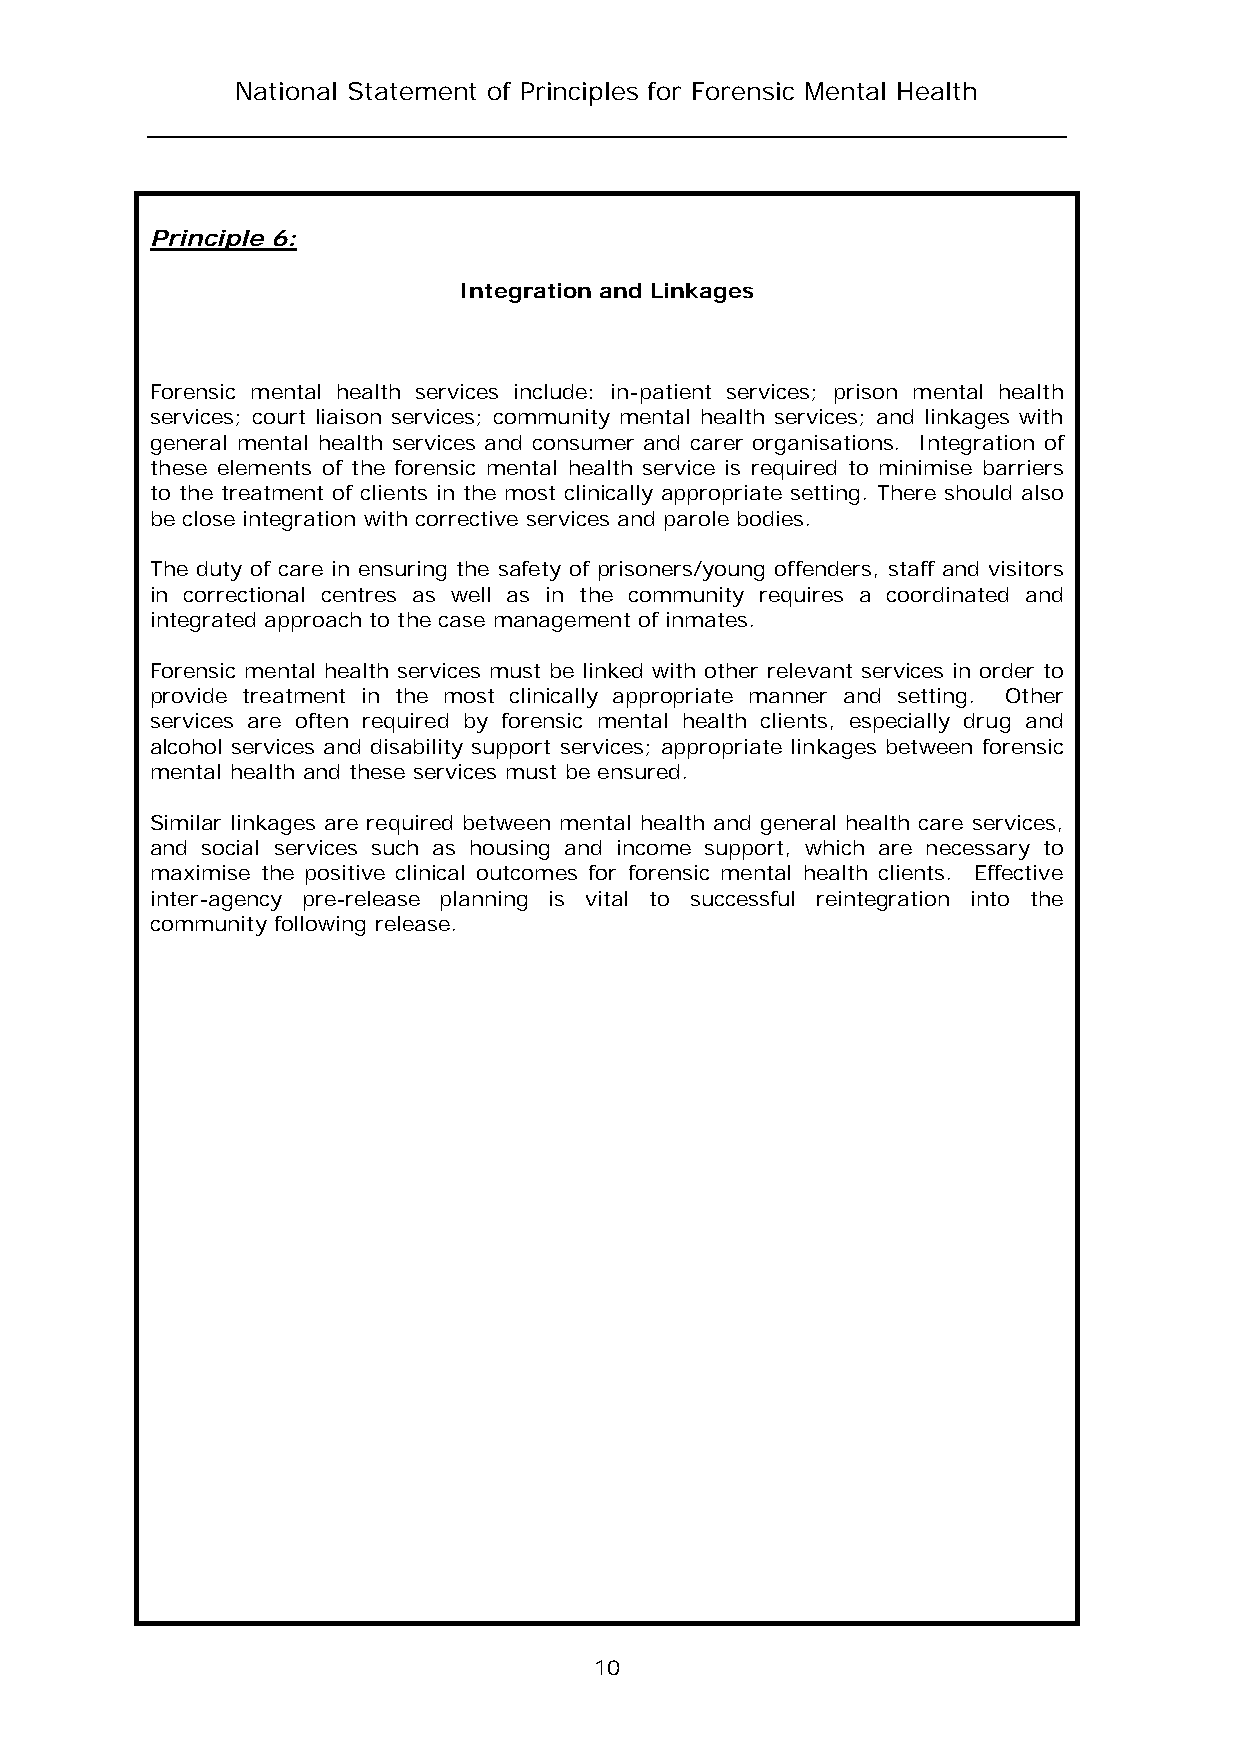
National Statement of Principles for Forensic Mental Health
 Principle 6:
 Integration and Linkages
 Forensic mental health services include: in-patient services; prison mental health
 services; court liaison services; community mental health services; and linkages with
 general mental health services and consumer and carer organisations. Integration of
 these elements of the forensic mental health service is required to minimise barriers
 to the treatment of clients in the most clinically appropriate setting. There should also
 be close integration with corrective services and parole bodies.
 The duty of care in ensuring the safety of prisoners/young offenders, staff and visitors
 in correctional centres as well as in the community requires a coordinated and
 integrated approach to the case management of inmates.
 Forensic mental health services must be linked with other relevant services in order to
 provide treatment in the most clinically appropriate manner and setting. Other
 services are often required by forensic mental health clients, especially drug and
 alcohol services and disability support services; appropriate linkages between forensic
 mental health and these services must be ensured.
 Similar linkages are required between mental health and general health care services,
 and social services such as housing and income support, which are necessary to
 maximise the positive clinical outcomes for forensic mental health clients. Effective
 inter-agency pre-release planning is vital to successful reintegration into the
 community following release.
 10